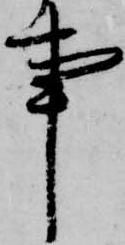
事